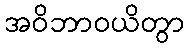
အဝိဘာဝယိတွာ